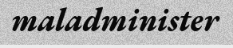
maladminister